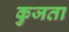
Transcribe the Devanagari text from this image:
कुजता